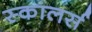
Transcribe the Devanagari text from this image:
स्कालर्स